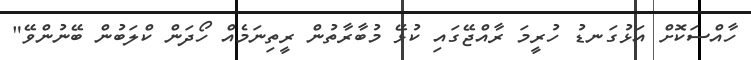
ހާއްސަކޮށް އަޅުގަނޑު ހުރީމަ ރާއްޖޭގައި ކުޅޭ މުބާރާތުން ރީތިނަމެއް ހޯދަން ކްލަބުން ބޭނުންވޭ"